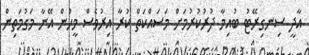
އާދީ ސިނގިރޭޓު ބުއިމާ ދުރުކުރުމަށް މަސައްކަތް ކުރާ އިރުވެސް މީހުން އޭނާ މަގުމަތިން